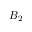
B _ { 2 }